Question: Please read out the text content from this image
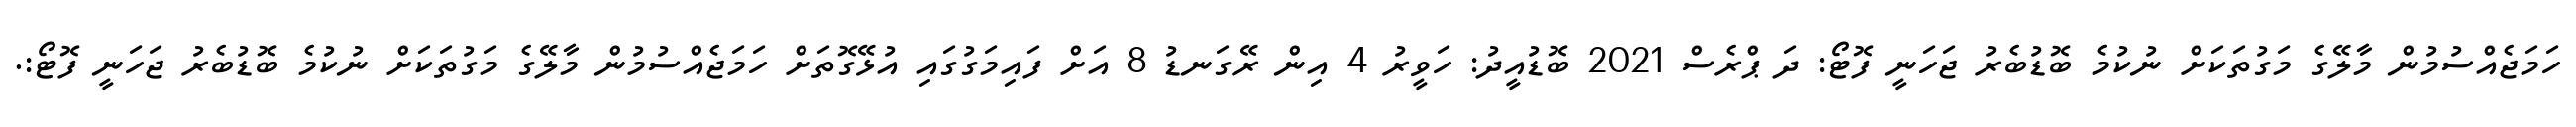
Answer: ހަމަޖެއްސުމުން މާލޭގެ މަގުތަކަށް ނުކުމެ ބޮޑުބެރު ޖަހަނީ ފޮޓޯ: ދަ ޕްރެސް 2021 ބޮޑުއީދު: ހަވީރު 4 އިން ރޭގަނޑު 8 އަށް ފައިމަގުގައި އުޅޭގޮތަށް ހަމަޖެއްސުމުން މާލޭގެ މަގުތަކަށް ނުކުމެ ބޮޑުބެރު ޖަހަނީ ފޮޓޯ:.